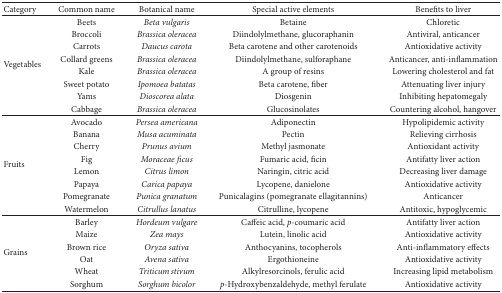
<table><thead><tr><td><b>Category</b></td><td><b>Common name</b></td><td><b>Botanical name</b></td><td><b>Special active elements</b></td><td><b>Benefits to liver</b></td></tr></thead><tbody><tr><td rowspan="8">Vegetables</td><td>Beets</td><td><i>Beta vulgaris </i></td><td>Betaine</td><td>Chloretic</td></tr><tr><td>Broccoli</td><td><i>Brassica oleracea </i></td><td>Diindolylmethane, glucoraphanin</td><td>Antiviral, anticancer</td></tr><tr><td>Carrots</td><td><i>Daucus carota </i></td><td>Beta carotene and other carotenoids</td><td>Antioxidative activity</td></tr><tr><td>Collard greens</td><td><i>Brassica oleracea </i></td><td>Diindolylmethane, sulforaphane</td><td>Anticancer, anti-inflammation</td></tr><tr><td>Kale</td><td><i>Brassica oleracea </i></td><td>A group of resins </td><td>Lowering cholesterol and fat</td></tr><tr><td>Sweet potato</td><td><i>Ipomoea batatas </i></td><td>Beta carotene, fiber</td><td>Attenuating liver injury</td></tr><tr><td>Yams</td><td><i>Dioscorea alata </i></td><td>Diosgenin</td><td>Inhibiting hepatomegaly</td></tr><tr><td>Cabbage</td><td><i>Brassica oleracea </i></td><td>Glucosinolates </td><td>Countering alcohol, hangover</td></tr><tr><td rowspan="8">Fruits</td><td>Avocado</td><td><i>Persea americana </i></td><td>Adiponectin</td><td>Hypolipidemic activity</td></tr><tr><td>Banana</td><td><i>Musa acuminata </i></td><td>Pectin</td><td>Relieving cirrhosis</td></tr><tr><td>Cherry</td><td><i>Prunus avium </i></td><td>Methyl jasmonate</td><td>Antioxidant activity</td></tr><tr><td>Fig</td><td><i>Moraceae ficus </i></td><td>Fumaric acid, ficin</td><td>Antifatty liver action</td></tr><tr><td>Lemon</td><td><i>Citrus limon </i></td><td>Naringin, citric acid</td><td>Decreasing liver damage</td></tr><tr><td>Papaya</td><td><i>Carica papaya </i></td><td>Lycopene, danielone</td><td>Antioxidative activity</td></tr><tr><td>Pomegranate</td><td><i>Punica granatum </i></td><td>Punicalagins (pomegranate ellagitannins)</td><td>Anticancer</td></tr><tr><td>Watermelon</td><td><i>Citrullus lanatus </i></td><td>Citrulline, lycopene</td><td>Antitoxic, hypoglycemic</td></tr><tr><td rowspan="6">Grains</td><td>Barley</td><td><i>Hordeum vulgare </i></td><td>Caffeic acid, <i>p</i>-coumaric acid</td><td>Antifatty liver action</td></tr><tr><td>Maize</td><td><i>Zea mays </i></td><td>Lutein, linolic acid</td><td>Antioxidative activity</td></tr><tr><td>Brown rice</td><td><i>Oryza sativa </i></td><td>Anthocyanins, tocopherols</td><td>Anti-inflammatory effects</td></tr><tr><td>Oat</td><td><i>Avena sativa </i></td><td>Ergothioneine</td><td>Antioxidative activity</td></tr><tr><td>Wheat</td><td><i>Triticum stivum </i></td><td>Alkylresorcinols, ferulic acid</td><td>Increasing lipid metabolism</td></tr><tr><td>Sorghum</td><td><i>Sorghum bicolor </i></td><td><i>p</i>-Hydroxybenzaldehyde, methyl ferulate</td><td>Antioxidative activity</td></tr></tbody></table>